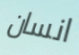
انسان